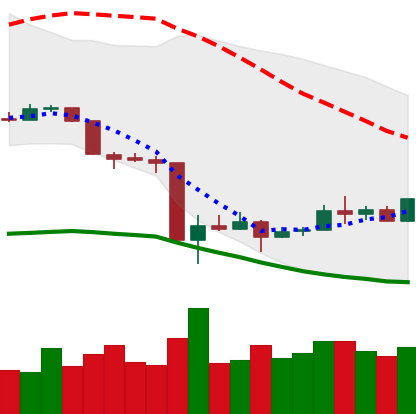
Ticker: XMR-USD
Chart end date: 2020-03-23
Forward return: 6.78%
Label: up_5_7